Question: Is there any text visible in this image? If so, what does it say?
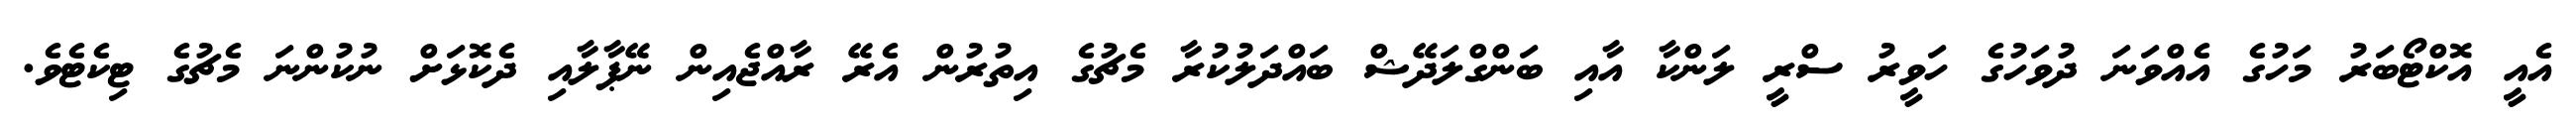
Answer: އެއީ އޮކްޓޯބަރު މަހުގެ އެއްވަނަ ދުވަހުގެ ހަވީރު ސްރީ ލަންކާ އާއި ބަންގްލަދޭޝް ބައްދަލުކުރާ މެޗުގެ އިތުރުން އެރޭ ރާއްޖެއިން ނޭޕާލާއި ދެކޮޅަށް ނުކުންނަ މެޗުގެ ޓިކެޓެވެ.